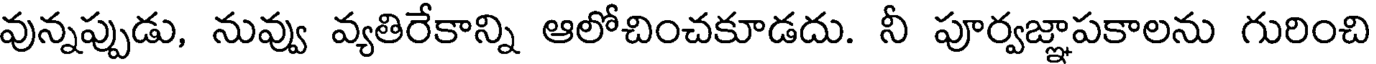
వున్నప్పుడు, నువ్వు వ్యతిరేకాన్ని ఆలోచించకూడదు. నీ పూర్వజ్ఞాపకాలను గురించి